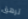
ترهق